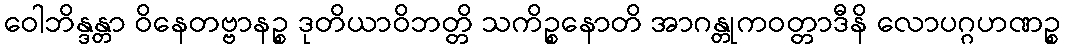
ဝေါဘိန္ဒန္တာ ဝိနေတဗ္ဗာနဉ္စ ဒုတိယာဝိဘတ္တိ သကိဉ္စနောတိ အာဂန္တုကဝတ္တာဒီနိ လောပဂ္ဂဟဏဉ္စ